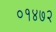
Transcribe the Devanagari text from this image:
०१४७२